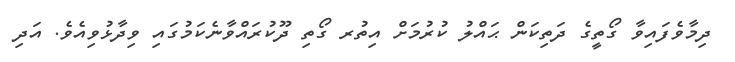
ދިމާވެފައިވާ ގޯތީގެ ދަތިކަން ޙައްލު ކުރުމަށް އިތުރ ގޯތި ދޫކުރައްވާނެކަމުގައި ވިދާޅުވިއެވެ. އަދި